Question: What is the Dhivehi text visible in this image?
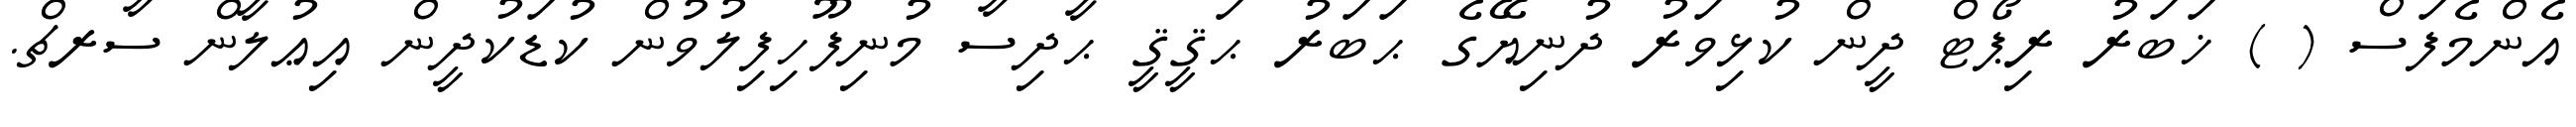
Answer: އެންމެފަސް ( ) ޚަބަރު ރިޕޯޓް ދީން ކުޅިވަރު ދުނިޔޭގެ ޙަބަރު ޙަޤީޤީ ޙާދިސާ މުނިފޫހިފިލުވުން ކުޑަކުދީން އިޢުލާން ސާރޗް.